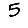
Digit: 5